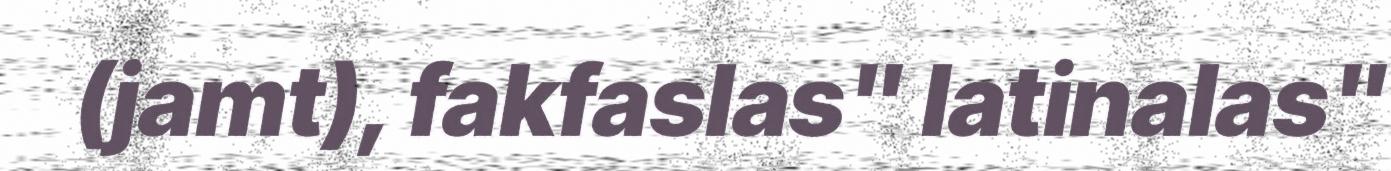
(jamt), fakfaslas" latinalas"